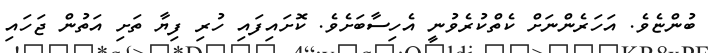
ބުންޏެވެ. އަހަރެންނަށް ކެތްކުރެވުނީ އެހިސާބަށެވެ. ކޮށައިފައި ހުރި ފިޔާ ތަށި އަތުން ޖަހައި